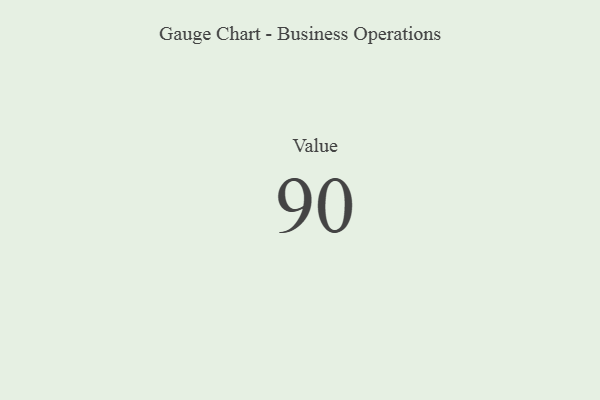
{"axis": {"x": "Metric", "y": "Value"}, "legend": [""], "data": [{"x": "Value", "y": 90, "type": ""}]}